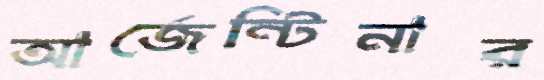
আর্জেন্টিনার